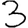
Digit: 3